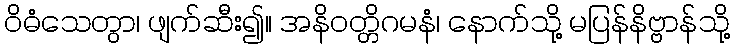
ဝိဓံသေတွာ၊ ဖျက်ဆီး၍။ အနိဝတ္တိဂမနံ၊ နောက်သို့ မပြန်နိဗ္ဗာန်သို့